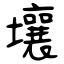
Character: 壤